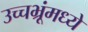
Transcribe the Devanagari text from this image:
उच्चभ्रूंमध्ये